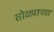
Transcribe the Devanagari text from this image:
तोळ्याच्या